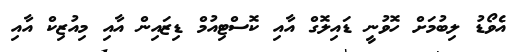
އެވޯޑު ލިބުމަށް ހޮވުނީ ޑައިލޮގް އާއި ކޮސްޓިއުމް ޑިޒައިން އާއި މިއުޒިކް އާއި